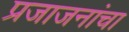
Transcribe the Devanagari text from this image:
प्रजाजनांचा